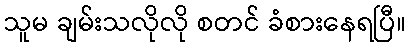
သူမ ချမ်းသလိုလို စတင် ခံစားနေရပြီ။